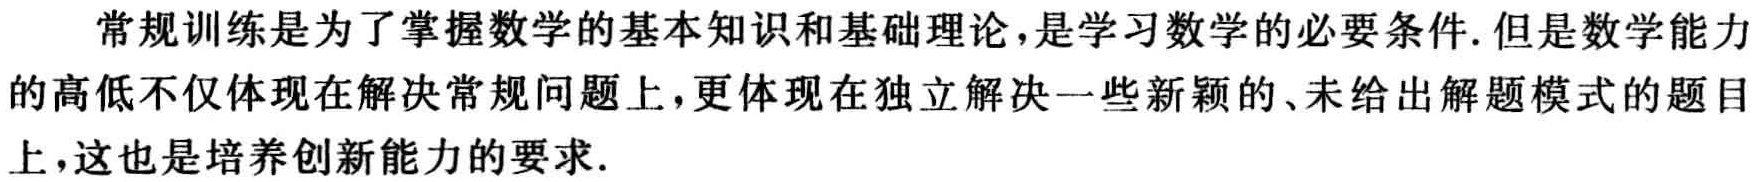
常规训练是为了掌握数学的基本知识和基础理论,是学习数学的必要条件.但是数学能力的高低不仅体现在解决常规问题上,更体现在独立解决一些新颖的、未给出解题模式的题目上,这也是培养创新能力的要求.